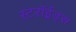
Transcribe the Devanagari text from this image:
स्टरॉईड्स